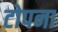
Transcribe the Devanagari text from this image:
टोपना